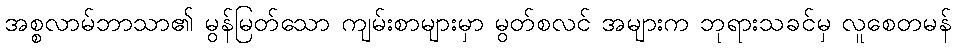
အစ္စလာမ်ဘာသာ၏ မွန်မြတ်သော ကျမ်းစာများမှာ မွတ်စလင် အများက ဘုရားသခင်မှ လူစေတမန်